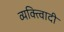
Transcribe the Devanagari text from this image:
व्यक्त्विादी